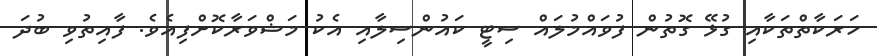
ހަރަކާތްތަކާއި ގުޅޭ ގޮތުން ފުވައްމުލައް ސިޓީ ކައުންސިލާއި އެކު މަޝްވަރާކޮށްފިއެވެ. ފާއިތުވި ބުދަ